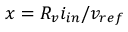
x = R _ { v } i _ { i n } / v _ { r e f }